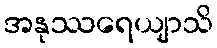
အနုဿရေယျာသိ